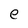
Character: e